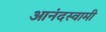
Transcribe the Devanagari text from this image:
आनंदस्वामी